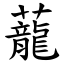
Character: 蘢